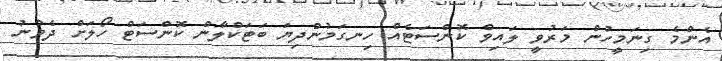
އެންމެ ގިނަމީހުން މަރުވީ ލައިވް ކޮންސަޓެއް ހިނގަމުންދިޔަ ބަޓަކްލާން ކޮންސަޓް ހޯލަށް ދެވުނު